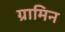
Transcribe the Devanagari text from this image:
ग्रामिन